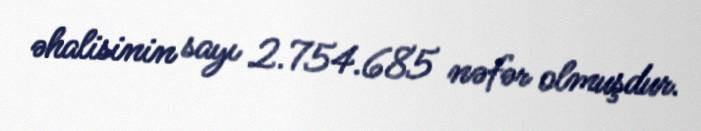
əhalisinin sayı 2.754.685 nəfər olmuşdur.